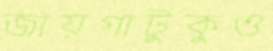
জায়গাটুকুও